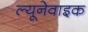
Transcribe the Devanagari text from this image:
ल्यूनेवाइक